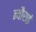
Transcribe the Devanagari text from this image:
न्यौराई